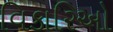
વિકારિઓ